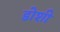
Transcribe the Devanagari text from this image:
डोशी